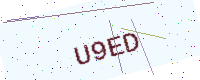
Text: U9ED